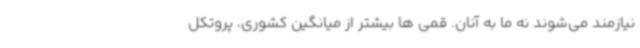
نیازمند می‌شوند نه ما به آنان. قمی ها بیشتر از میانگین کشوری، پروتکل